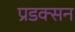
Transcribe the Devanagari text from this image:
प्रडक्सन